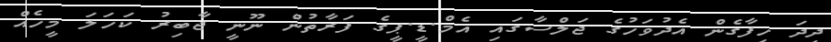
ދިދަ ހިފާގެން އެދުވަހުގެ ޖަލްސާގައި އެމް.ޑީ.ޕީގެ ފަރާތުން ނޫނީ ޖާބިރު ކަހަލަ މީހެއް